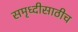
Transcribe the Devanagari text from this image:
समृध्दीसाठीच